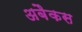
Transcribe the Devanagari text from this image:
अबैकस